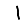
Digit: 1